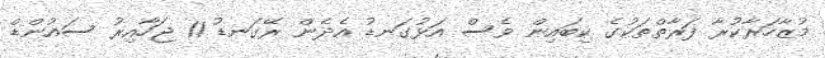
މުޒާހަރާކުރާ ފަރާތްތަކުގެ ކިބައިން ވެސް އަޅުގަނޑު އެދެން ރޭގަނޑު 11 ޖަހާއިރު ސައުންޑް